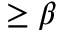
\ge \beta